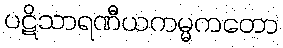
ပဋိသာရဏီယကမ္မကတော